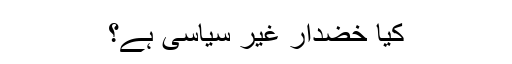
کیا خضدار غیر سیاسی ہے؟